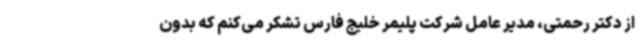
از دکتر رحمتی، مدیر عامل شرکت پلیمر خلیج فارس تشکر می‌کنم که بدون